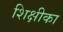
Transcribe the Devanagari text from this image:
शिक्षीका